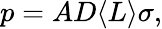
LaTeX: p=AD\langle L\rangle\sigma,